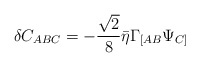
\begin{align*}\delta C_{ABC}=-{\sqrt 2\over 8}\bar\eta \Gamma_{[AB}\Psi_{C]}\end{align*}